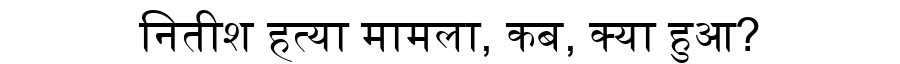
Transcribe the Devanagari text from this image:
नितीश हत्या मामला, कब, क्या हुआ?